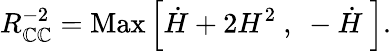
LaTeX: R_{\mathbb{C}\mathbb{C}}^{-2}=\mathrm{{Max}}\left[\dot{{H}}+2H^{2}~,~-\dot{{H}}~\right].